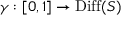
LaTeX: \gamma : [ 0 , 1 ] \to \operatorname { D i f f } ( S )